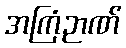
အကြံဉာဏ်